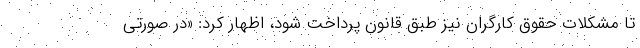
تا مشکلات حقوق کارگران نیز طبق قانون پرداخت شود، اظهار کرد: «در صورتی